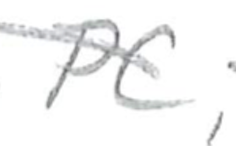
Text: and
Cross-out: diagonal
Writing tool: pencil